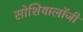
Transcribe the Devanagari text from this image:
सोशियालॉजी